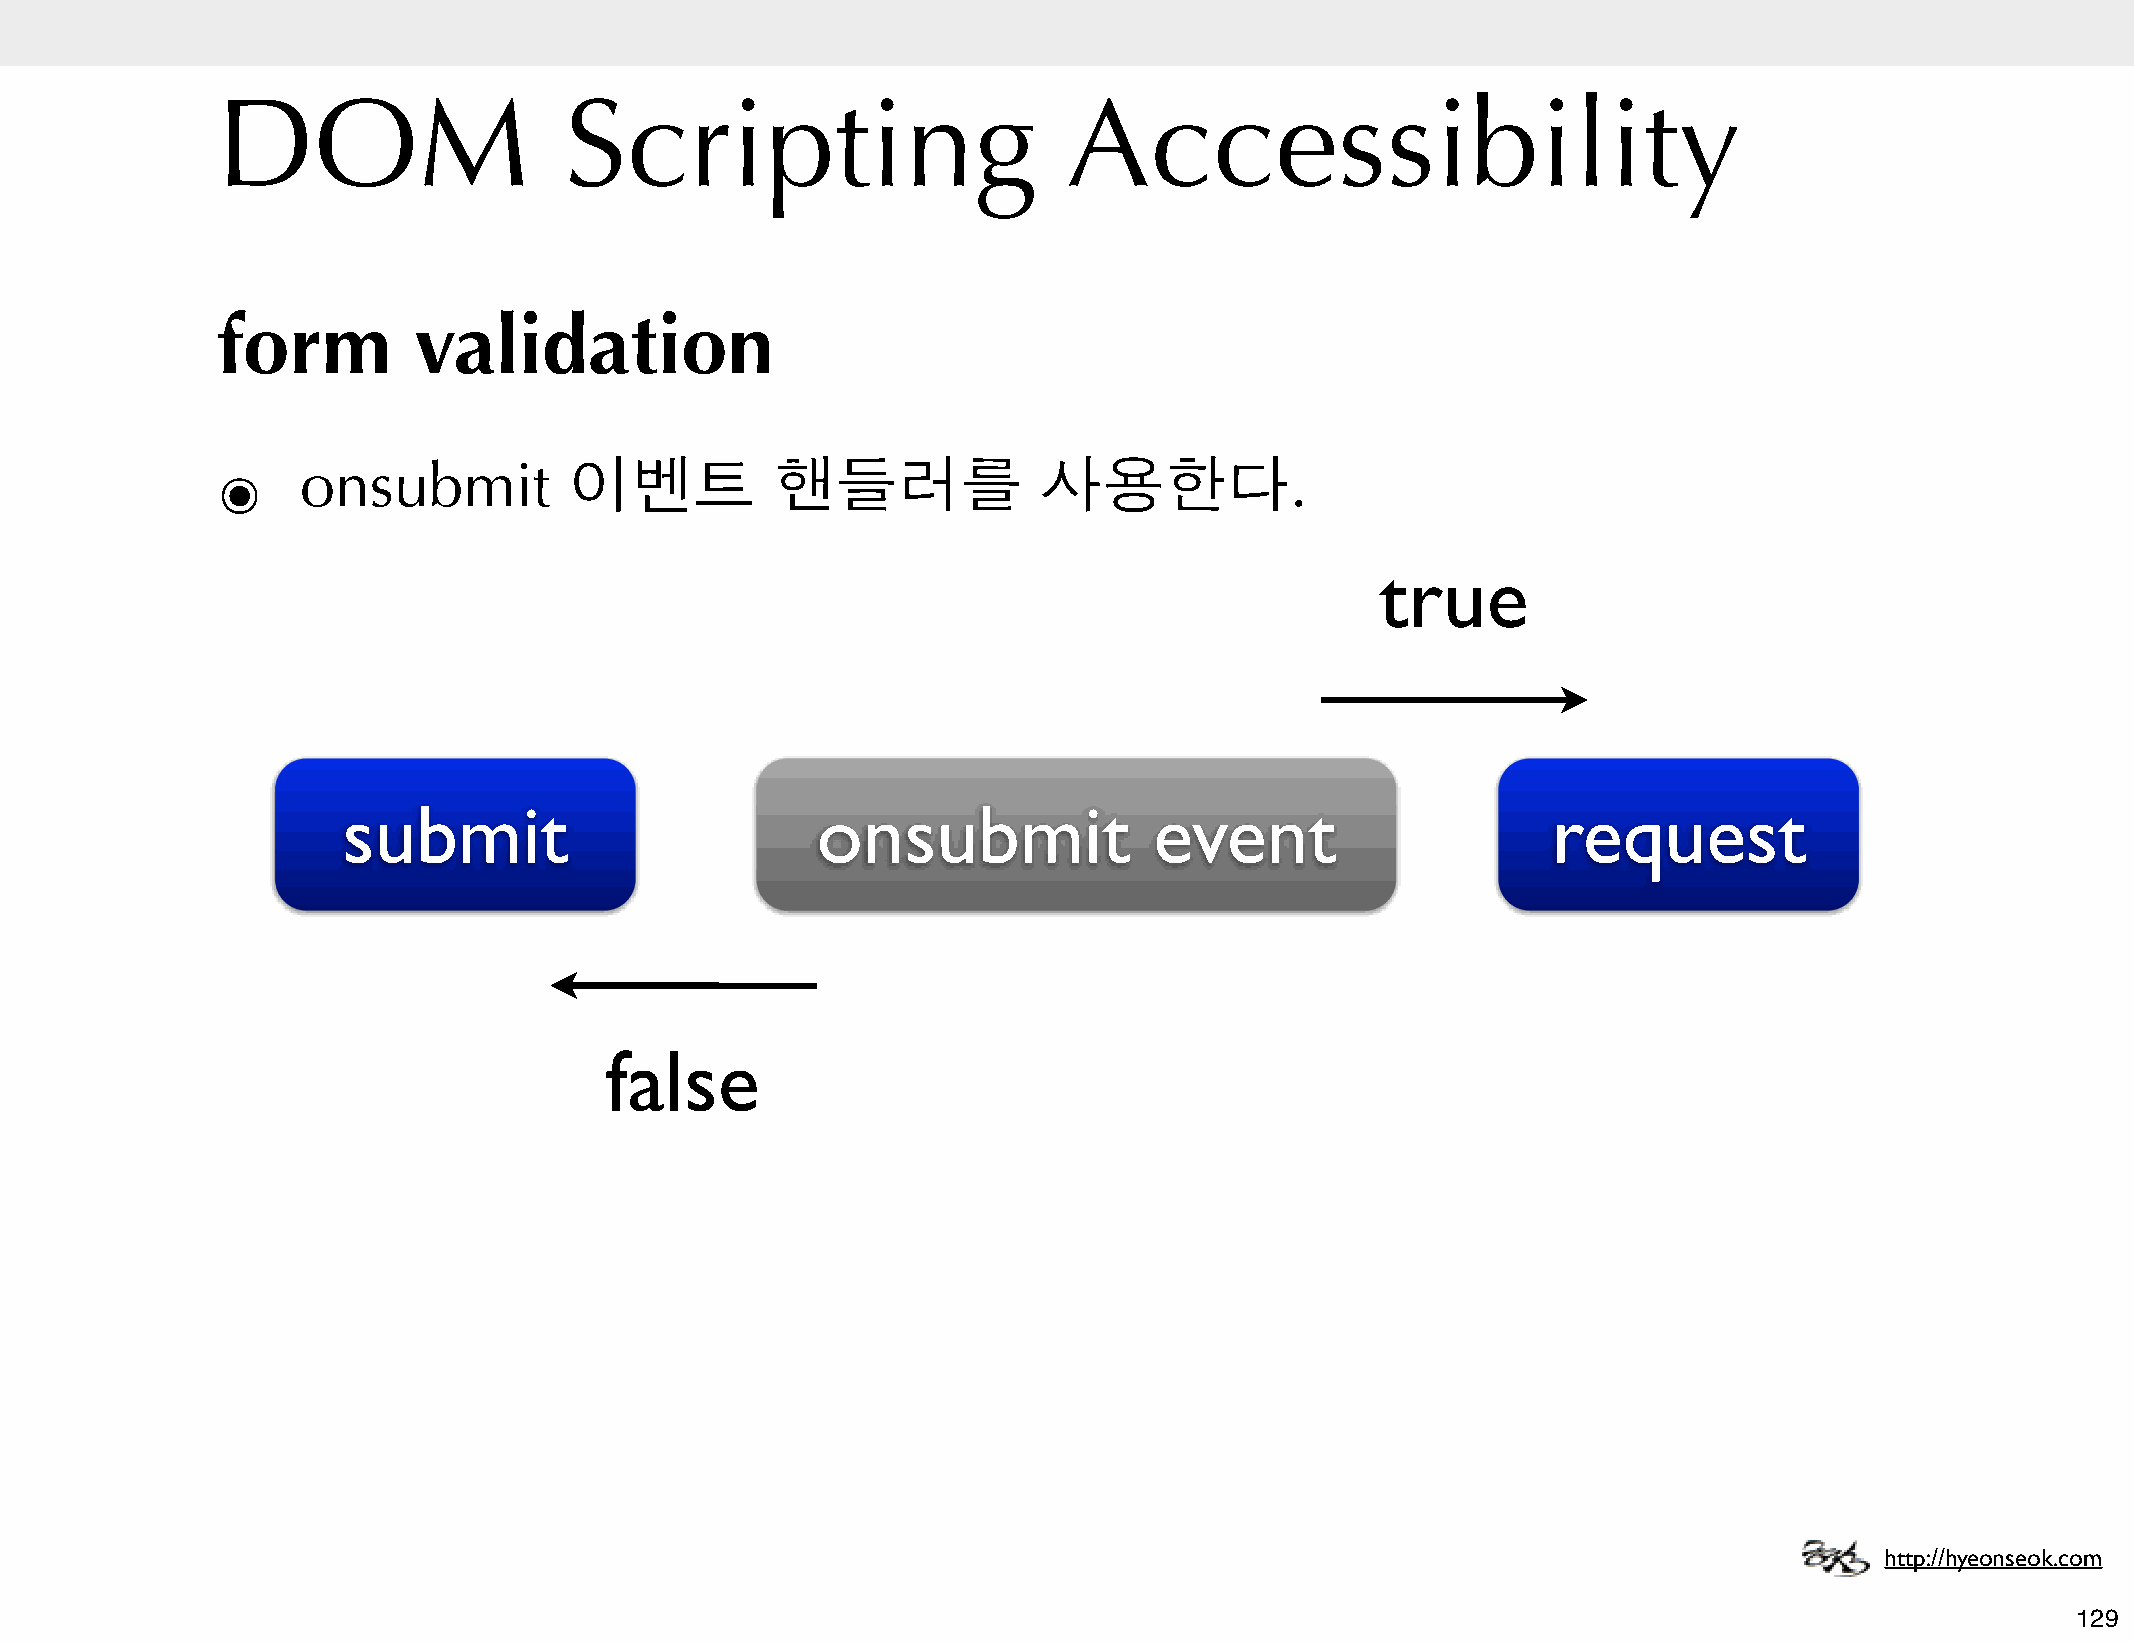
DOM                    Scripting                         Accessibility
 form         validation
 ๏     onsubmit          이벤트          핸들러를              사용한다.
 true
 submit                         onsubmit              event                      request
 false
 http://hyeonseok.com
 129